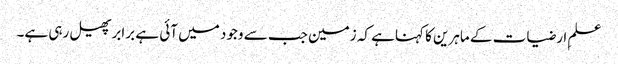
علمِ ارضیات کے ماہرین کا کہناہے کہ زمین جب سے وجود میں آئی ہے برابرپھیل رہی ہے۔